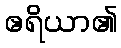
ဧရိယာ၏